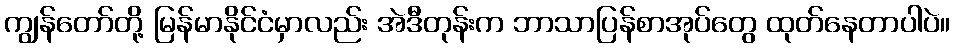
ကျွန်တော်တို့ မြန်မာနိုင်ငံမှာလည်း အဲဒီတုန်းက ဘာသာပြန်စာအုပ်တွေ ထုတ်နေတာပါပဲ။